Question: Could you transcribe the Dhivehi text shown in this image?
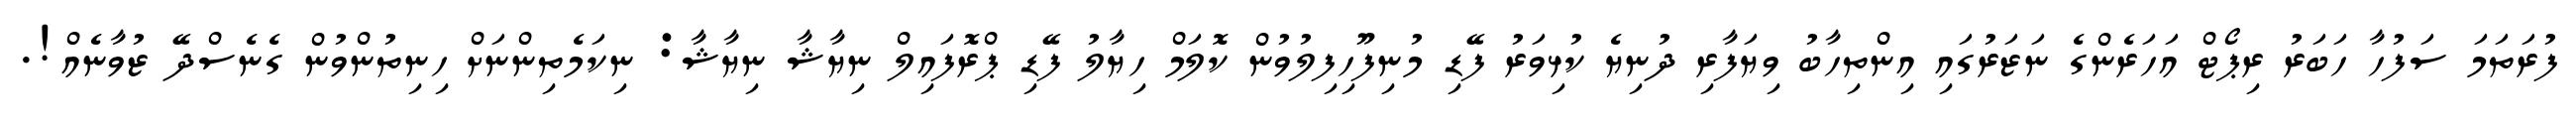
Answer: ފުރަތަމަ ސަފުހާ ހަބަރު ރިޕޯޓް އަހަރެންގެ ނަޒަރުގައި އިންތިހާބު ވިޔަފާރި ދުނިޔެ ކުޅިވަރު ފޭޑި މުނިފޫހިފިލުވުން ކޮލަމް ހިޔާލު ފޭޑި ޕްރޮފައިލް ނިޔާޝާ ނިޔާޝާ: ނިކަމެތިންނަށް ހިނިތުންވުން ގެނެސްދޭ ޒުވާނެއް!.